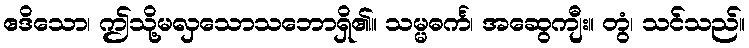
ဧဒိသော၊ ဤသို့မလှသောသဘောရှိ၏။ သမ္မဓင်္က၊ အဆွေကျီး။ တွံ၊ သင်သည်။